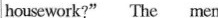
housework?" The men